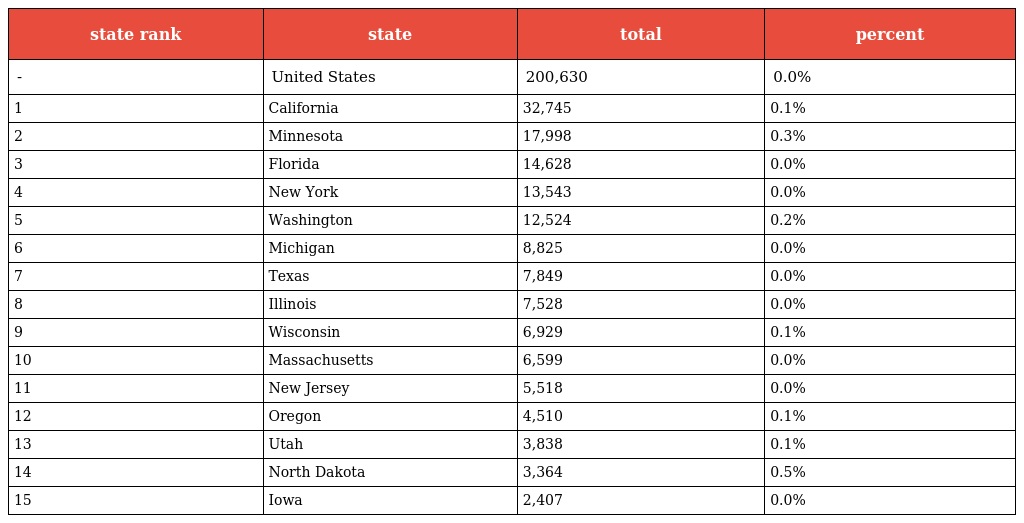
| state rank | state | total | percent |
 | --- | --- | --- | --- |
 | - | United States | 200,630 | 0.0% |
 | 1 | California | 32,745 | 0.1% |
 | 2 | Minnesota | 17,998 | 0.3% |
 | 3 | Florida | 14,628 | 0.0% |
 | 4 | New York | 13,543 | 0.0% |
 | 5 | Washington | 12,524 | 0.2% |
 | 6 | Michigan | 8,825 | 0.0% |
 | 7 | Texas | 7,849 | 0.0% |
 | 8 | Illinois | 7,528 | 0.0% |
 | 9 | Wisconsin | 6,929 | 0.1% |
 | 10 | Massachusetts | 6,599 | 0.0% |
 | 11 | New Jersey | 5,518 | 0.0% |
 | 12 | Oregon | 4,510 | 0.1% |
 | 13 | Utah | 3,838 | 0.1% |
 | 14 | North Dakota | 3,364 | 0.5% |
 | 15 | Iowa | 2,407 | 0.0% |